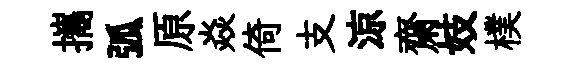
攜弧原焱倚支涼齋妓樸